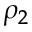
\rho _ { 2 }